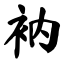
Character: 衲